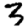
Digit: 3